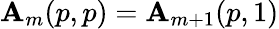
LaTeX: \mathbf{A}_{m}(p,p)=\mathbf{A}_{m+1}(p,1)